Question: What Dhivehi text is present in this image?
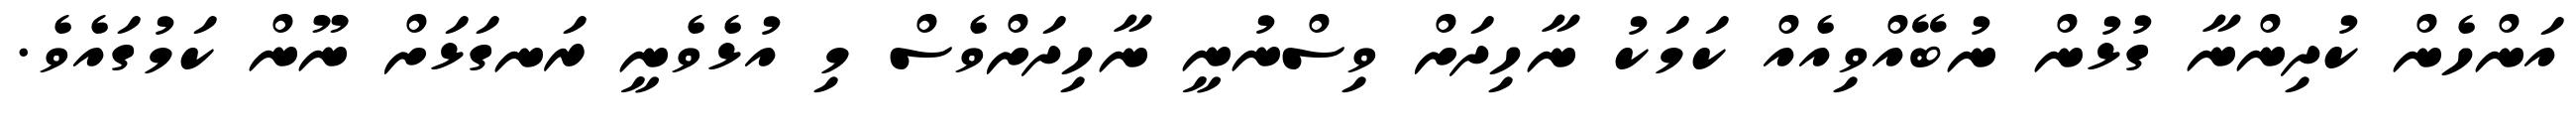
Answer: އަންހެން ކުދިންނާ ގުޅުން ނުބޭއްވިއެއް ކަމަކު ނާހިދަށް ވިސްނުނީ ނާހިދަށްވެސް މި އުޅެވެނީ ރަނގަޅަށް ނޫން ކަމުގައެވެ.